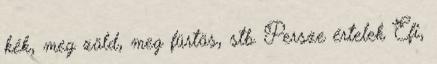
kék, meg zöld, meg fürtös, stb. Persze értelek Efi,